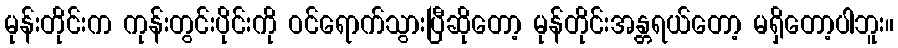
မုန်းတိုင်းက ကုန်းတွင်းပိုင်းကို ဝင်ရောက်သွားပြီဆိုတော့ မုန်တိုင်းအန္တရယ်တော့ မရှိတော့ပါဘူး။